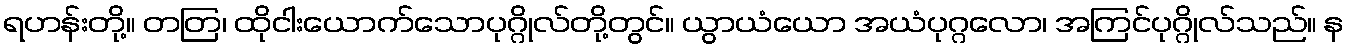
ရဟန်းတို့။ တတြ၊ ထိုငါးယောက်သောပုဂ္ဂိုလ်တို့တွင်။ ယွာယံယော အယံပုဂ္ဂလော၊ အကြင်ပုဂ္ဂိုလ်သည်။ န